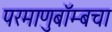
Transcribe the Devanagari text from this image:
परमाणुबॉम्बचा